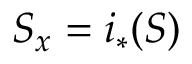
S _ { x } = i _ { * } ( S )